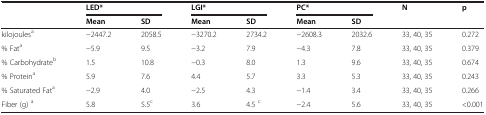
<table><thead><tr><td><b> </b></td><td><b>LED*</b></td><td><b> </b></td><td><b>LGI*</b></td><td><b> </b></td><td><b>PC*</b></td><td><b> </b></td><td><b>N</b></td><td><b>p</b></td></tr><tr><td><b> </b></td><td><b>Mean</b></td><td><b>SD</b></td><td><b>Mean</b></td><td><b>SD</b></td><td><b>Mean</b></td><td><b>SD</b></td><td><b> </b></td><td><b> </b></td></tr></thead><tbody><tr><td>kilojoules<sup>a</sup></td><td>−2447.2</td><td>2058.5</td><td>−3270.2</td><td>2734.2</td><td>−2608.3</td><td>2032.6</td><td>33, 40, 35</td><td>0.272</td></tr><tr><td>% Fat<sup>a</sup></td><td>−5.9</td><td>9.5</td><td>−3.2</td><td>7.9</td><td>−4.3</td><td>7.8</td><td>33, 40, 35</td><td>0.379</td></tr><tr><td>% Carbohydrate<sup>b</sup></td><td>1.5</td><td>10.8</td><td>−0.3</td><td>8.0</td><td>1.3</td><td>9.6</td><td>33, 40, 35</td><td>0.674</td></tr><tr><td>% Protein<sup>a</sup></td><td>5.9</td><td>7.6</td><td>4.4</td><td>5.7</td><td>3.3</td><td>5.3</td><td>33, 40, 35</td><td>0.243</td></tr><tr><td>% Saturated Fat<sup>a</sup></td><td>−2.9</td><td>4.0</td><td>−2.5</td><td>4.3</td><td>−1.4</td><td>3.4</td><td>33, 40, 35</td><td>0.266</td></tr><tr><td>Fiber (g) <sup>a</sup></td><td>5.8</td><td>5.5<sup>c</sup></td><td>3.6</td><td>4.5 <sup>c</sup></td><td>−2.4</td><td>5.6</td><td>33, 40, 35</td><td>&lt;0.001</td></tr></tbody></table>